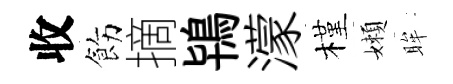
收飭摘鴇濛槿嬾眸